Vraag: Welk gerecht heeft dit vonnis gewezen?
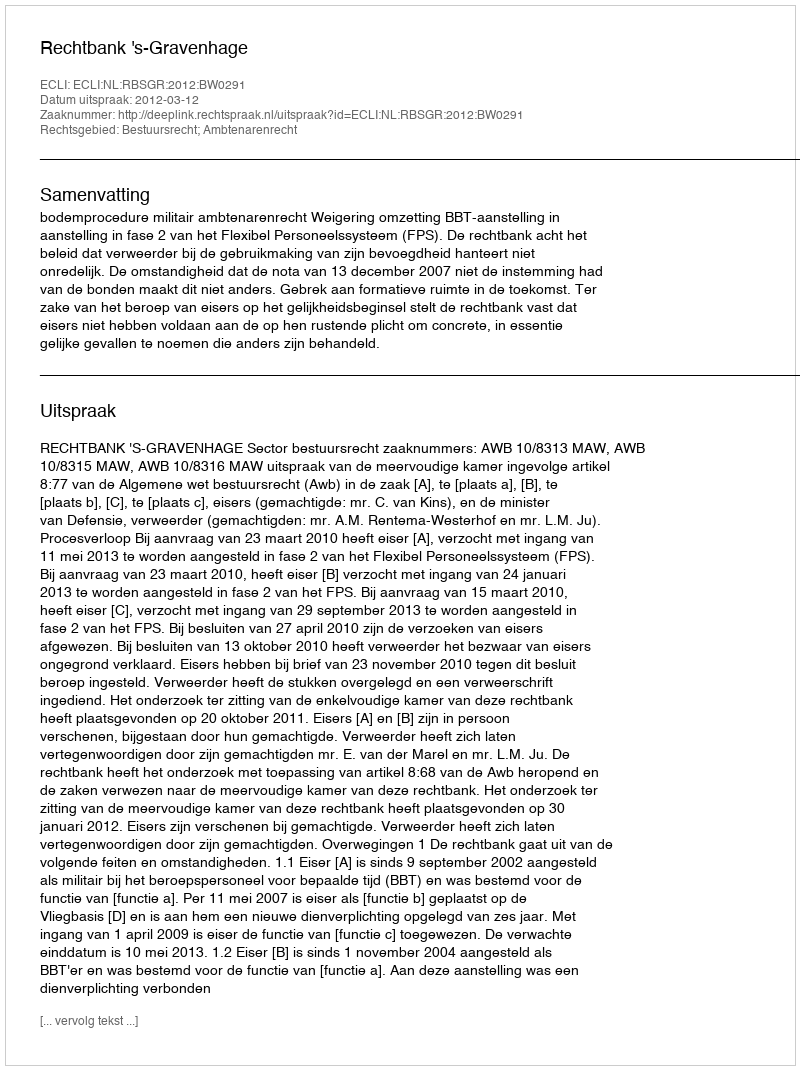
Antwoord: Rechtbank 's-Gravenhage